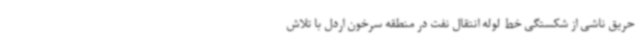
حریق ناشی از شکستگی خط لوله انتقال نفت در منطقه سرخون اردل با تلاش